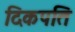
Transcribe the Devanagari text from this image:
दिकपति